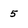
Character: 5